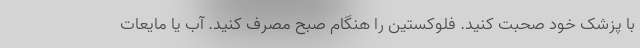
با پزشک خود صحبت کنید. فلوکستین را هنگام صبح مصرف کنید. آب یا مایعات